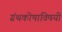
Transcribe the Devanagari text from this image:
ग्रंथकोषाविषयी